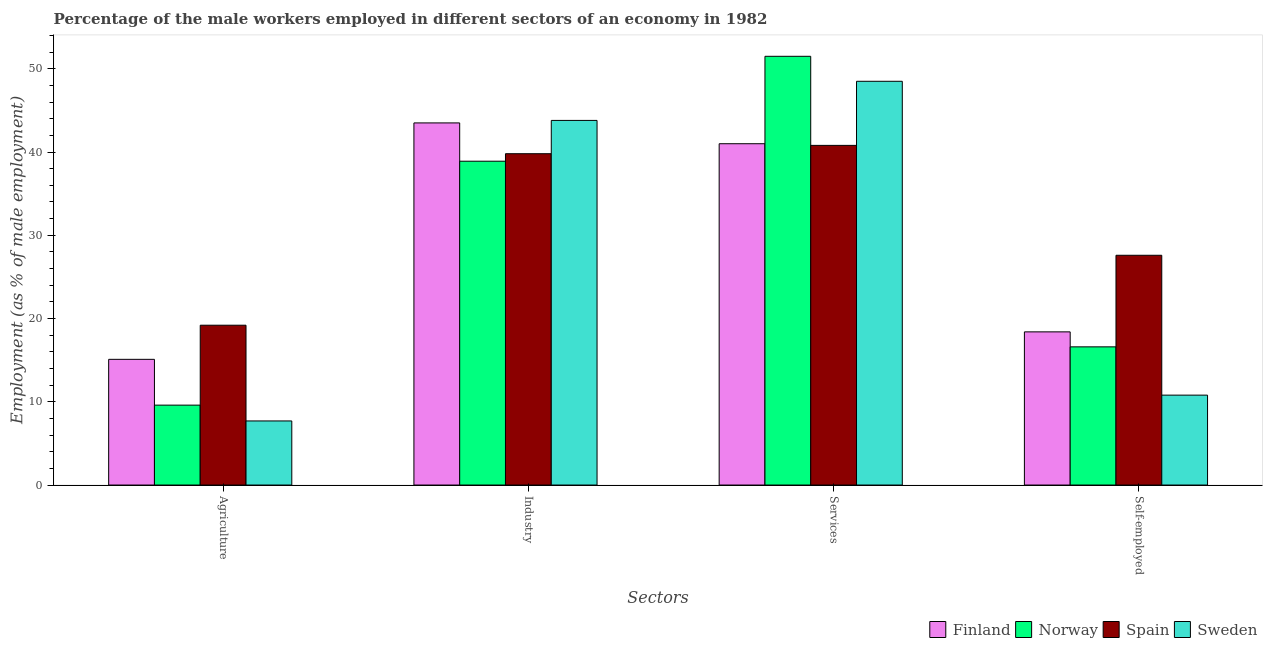
| Sectors | Finland | Norway | Spain | Sweden |
 | --- | --- | --- | --- | --- |
 | Agriculture | 15.1 | 9.6 | 19.2 | 7.7 |
 | Industry | 43.5 | 38.9 | 39.8 | 43.8 |
 | Services | 41 | 51.5 | 40.8 | 48.5 |
 | Self-employed | 18.4 | 16.6 | 27.6 | 10.8 |